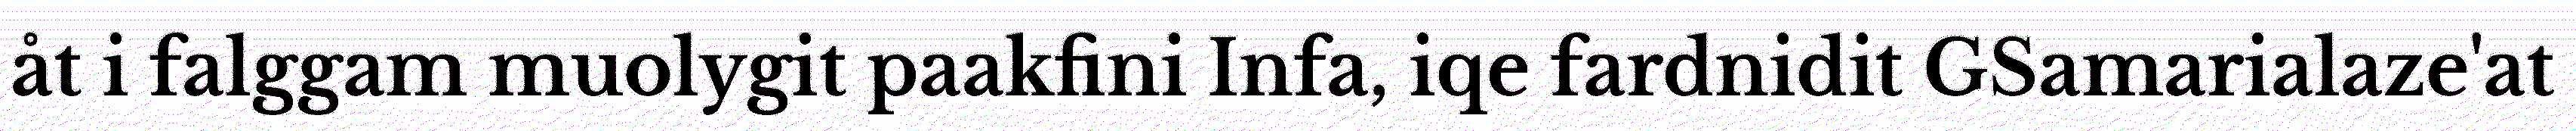
åt i falggam muolygit paakfini Infa, iqe fardnidit GSamarialaze'at